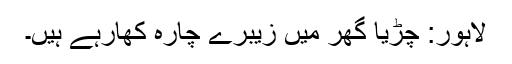
لاہور: چڑیا گھر میں زیبرے چارہ کھارہے ہیں۔